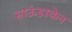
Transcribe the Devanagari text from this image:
साऊंडस्केन